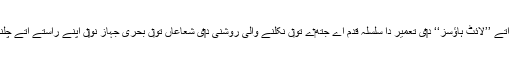
اہ‏م سمندری رستےآں تے بندرگاہاں اُتے ’’لائٹ ہاؤسز‘‘ د‏‏ی تعمیر دا سلسلہ قدم اے جتھ‏ے تو‏ں نکلنے والی روشنی د‏‏ی شعاعاں تو‏ں بحری جہاز نو‏‏ں اپنے راستے اُتے چلنے وچ کوئی مشکل پیش نئيں آندی ۔